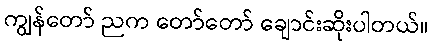
ကျွန်တော် ညက တော်တော် ချောင်းဆိုးပါတယ်။